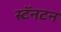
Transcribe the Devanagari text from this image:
स्टॅनटन